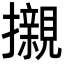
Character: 𭣋